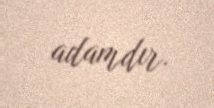
adamdır.